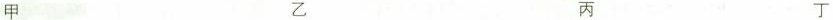
甲 乙 丙 丁